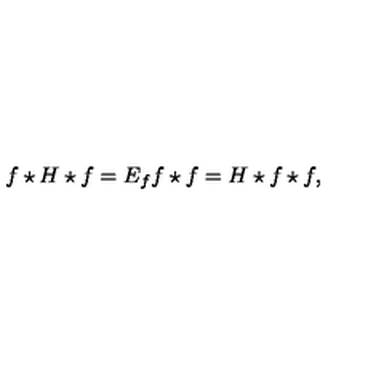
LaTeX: f \star H \star f = E _ { f } f \star f = H \star f \star f ,